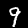
Label: 9